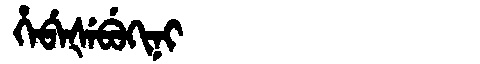
Manchu: ᡥᡝᠪᡝᡧᡝᠪᡠᡴᡳᠨᡳ
Romanization: HEBEŠEBUKINI